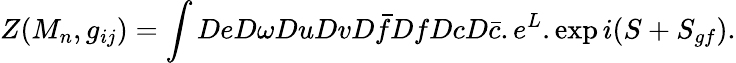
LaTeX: Z(M_{n},g_{ij})=\int DeD\omega DuDvD\bar{f}DfDcD\bar{c}.e^{L}.\exp i(S+S_{gf}).